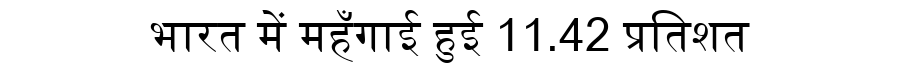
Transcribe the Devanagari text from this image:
भारत में महँगाई हुई 11.42 प्रतिशत